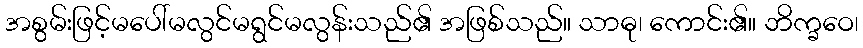
အစွမ်းဖြင့်မပေါ်မလွင်မရွင်မလွန်းသည်၏ အဖြစ်သည်။ သာဓု၊ ကောင်း၏။ ဘိက္ခဝေ၊